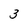
Character: 3